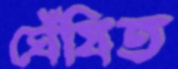
ঘেঁষিত